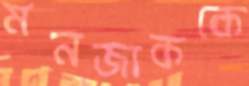
মনজাককে